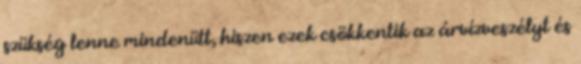
szükség lenne mindenütt, hiszen ezek csökkentik az árvízveszélyt és